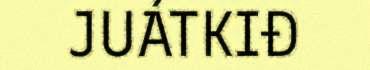
JUÁTKIĐ